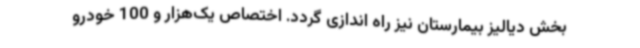
بخش دیالیز بیمارستان نیز راه اندازی گردد. اختصاص یک‌هزار و 100 خودرو